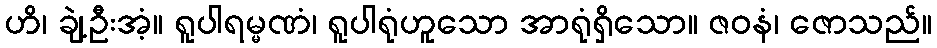
ဟိ၊ ချဲ့ဦးအံ့။ ရူပါရမ္မဏံ၊ ရူပါရုံဟူသော အာရုံရှိသော။ ဇဝနံ၊ ဇောသည်။